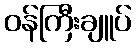
ဝန်ကြီးချူပ်